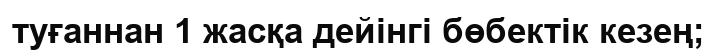
туғаннан 1 жасқа дейінгі бөбектік кезең;